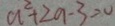
a ^ { 2 } + 2 a - 3 = 0